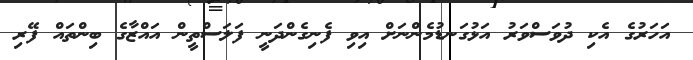
އަހަރުގެ އެކި ދުވަސްވަރު އަޅުގަނޑުމެންނަށް އިވި ފެނިގެންދަނީ ފަލަސްތީން އައްޒާގެ ބިންތައް ފޭރި